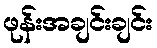
ဖုန်းအချင်းချင်း